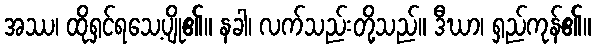
အဿ၊ ထိုရှင်ရသေ့ပျို၏။ နခါ၊ လက်သည်းတို့သည်။ ဒီဃာ၊ ရှည်ကုန်၏။